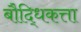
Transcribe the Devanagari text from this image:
बौद्धिकत्ता